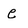
Character: e